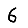
Digit: 6